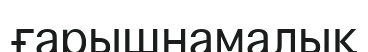
ғарышнамалық